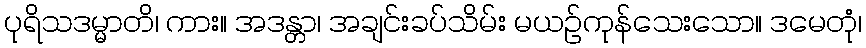
ပုရိသဒမ္မာတိ၊ ကား။ အဒန္တာ၊ အချင်းခပ်သိမ်း မယဉ်ကုန်သေးသော။ ဒမေတုံ၊